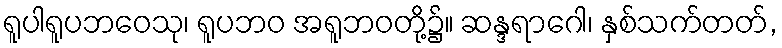
ရူပါရူပဘဝေသု၊ ရူပဘဝ အရူဘဝတို့၌။ ဆန္ဒရာဂေါ၊ နှစ်သက်တတ်,